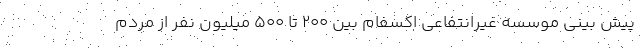
پیش بینی موسسه غیرانتفاعی اکسفام بین 200 تا 500 میلیون نفر از مردم